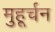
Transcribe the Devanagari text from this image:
मुहूर्चन